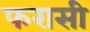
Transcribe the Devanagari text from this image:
फरासी